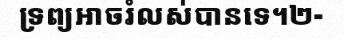
ទ្រព្យអាចរំលស់បានទេ។២-